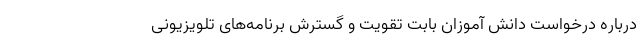
درباره درخواست دانش آموزان بابت تقویت و گسترش برنامه‌های تلویزیونی